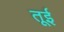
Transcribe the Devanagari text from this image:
तूई